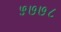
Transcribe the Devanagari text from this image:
५७७८